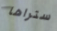
ستراها